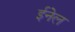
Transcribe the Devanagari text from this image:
ईनेल